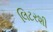
લિટરશી